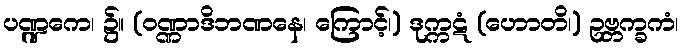
ပဏ္ဍကေ၊ ၌။ (ဝဏ္ဏာဒိဘဏနေ၊ ကြောင့်၊) ဒုက္ကဋံ (ဟောတိ၊) ဥဗ္ဘက္ခကံ၊